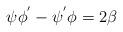
LaTeX: \begin{align*} \psi \phi^{'} - \psi^{'} \phi= 2\beta\end{align*}